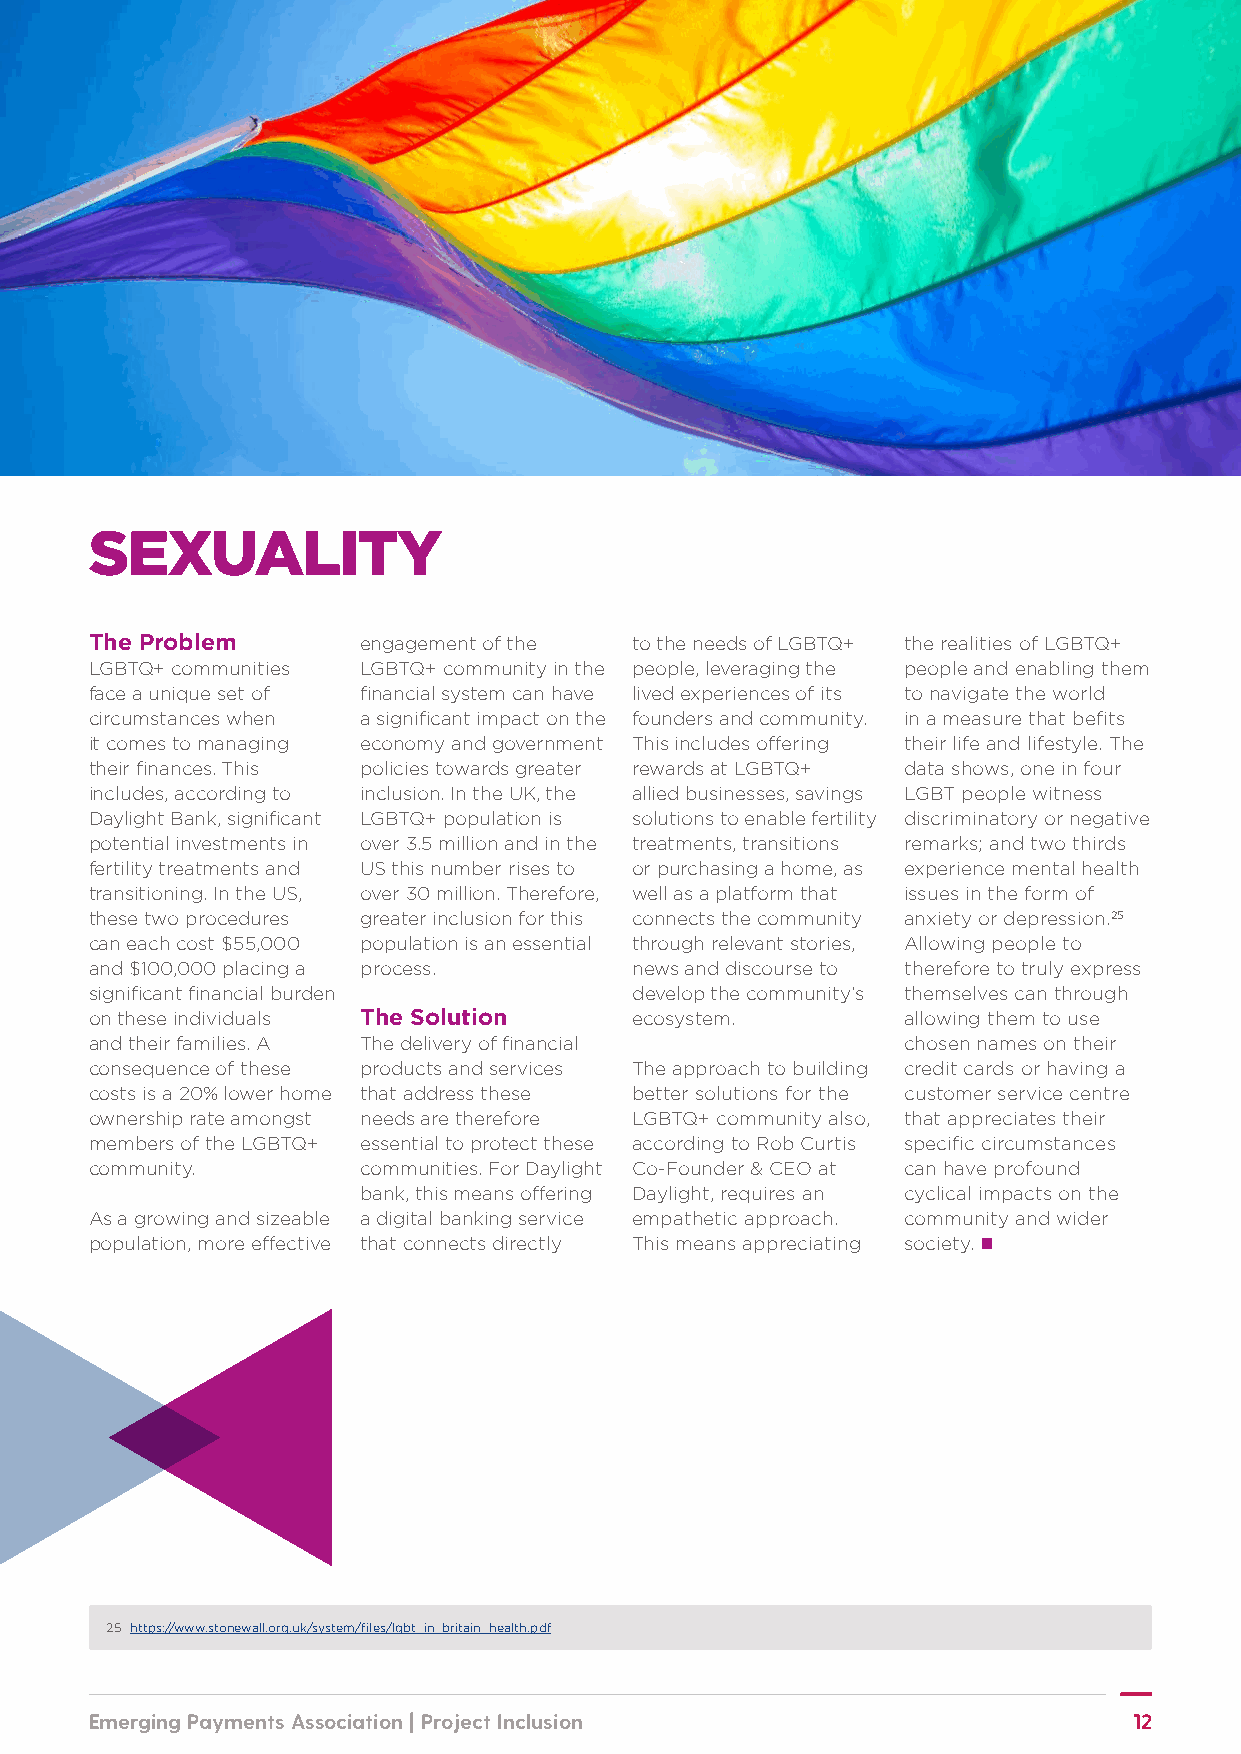
SEXUALITY
 The Problem       engagement of the to the needs of LGBTQ+ the realities of LGBTQ+
 LGBTQ+ communities LGBTQ+ community in the people, leveraging the people and enabling them
 face a unique set of financial system can have lived experiences of its to navigate the world
 circumstances when a significant impact on the founders and community. in a measure that befits
 it comes to managing economy and government This includes offering their life and lifestyle. The
 their finances. This policies towards greater rewards at LGBTQ+ data shows, one in four
 includes, according to inclusion. In the UK, the allied businesses, savings LGBT people witness
 Daylight Bank, significant LGBTQ+ population is solutions to enable fertility discriminatory or negative
 potential investments in over 3.5 million and in the treatments, transitions remarks; and two thirds
 fertility treatments and US this number rises to or purchasing a home, as experience mental health
 transitioning. In the US, over 30 million. Therefore, well as a platform that issues in the form of
 these two procedures greater inclusion for this connects the community anxiety or depression.25
 can each cost $55,000 population is an essential through relevant stories, Allowing people to
 and $100,000 placing a process.     news and discourse to therefore to truly express
 significant financial burden        develop the community’s themselves can through
 on these individuals The Solution   ecosystem.        allowing them to use
 and their families. A The delivery of financial       chosen names on their
 consequence of these products and services The approach to building credit cards or having a
 costs is a 20% lower home that address these better solutions for the customer service centre
 ownership rate amongst needs are therefore LGBTQ+ community also, that appreciates their
 members of the LGBTQ+ essential to protect these according to Rob Curtis specific circumstances
 community.        communities. For Daylight Co-Founder & CEO at can have profound
 bank, this means offering Daylight, requires an cyclical impacts on the
 As a growing and sizeable a digital banking service empathetic approach. community and wider
 population, more effective that connects directly This means appreciating society. n
 25 https://www.stonewall.org.uk/system/files/lgbt_in_britain_health.pdf
 Emerging Payments Association | Project Inclusion                    12